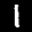
Label: 1